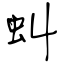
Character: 虯